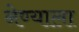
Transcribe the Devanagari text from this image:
नेण्याला